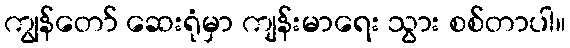
ကျွန်တော် ဆေးရုံမှာ ကျန်းမာရေး သွား စစ်တာပါ။